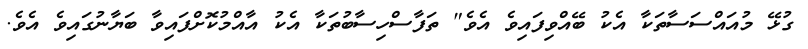
ގުޅޭ މުއައްސަސާތަކާ އެކު ބޭއްވިފައިވެ އެވެ" ތަފާސްހިސާބުތަކާ އެކު އާއްމުކޮށްފައިވާ ބަޔާނުގައިވެ އެވެ.